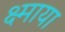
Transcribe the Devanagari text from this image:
क्ष्माया